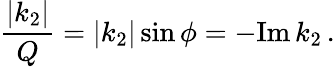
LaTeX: \frac{|k_{2}|}{Q}=|k_{2}|\sin\phi=-\mathrm{Im}\, k_{2}\, .